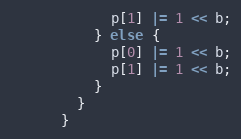
Language: C++
            p[1] |= 1 << b;
          } else {
            p[0] |= 1 << b;
            p[1] |= 1 << b;
          }
        }
      }